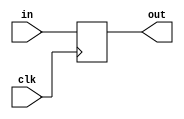
module DataReg(
	input clk,
	input[DATA_WIDTH-1:0] in,
	output reg[DATA_WIDTH-1:0] out
    );
	parameter DATA_WIDTH = 32;
	
	initial out <= 0;
	
	always @(posedge clk)
		out <= in;

endmodule